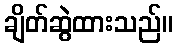
ချိတ်ဆွဲထားသည်။